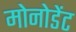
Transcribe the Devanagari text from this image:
मोनोडेंट